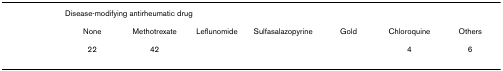
<table><thead><tr><td>[EMPTY_CELL]</td><td colspan="7"><b>Disease-modifying antirheumatic drug</b></td></tr><tr><td>[EMPTY_CELL]</td><td><b>None</b></td><td><b>Methotrexate</b></td><td><b>Leflunomide</b></td><td><b>Sulfasalazopyrine</b></td><td><b>Gold</b></td><td><b>Chloroquine</b></td><td><b>Others</b></td></tr></thead><tbody><tr><td>[EMPTY_CELL]</td><td>22</td><td>42</td><td>[EMPTY_CELL]</td><td>[EMPTY_CELL]</td><td>[EMPTY_CELL]</td><td>4</td><td>6</td></tr></tbody></table>